Medical and sanitary report of the native army of Bengal for the year
Year: 1875
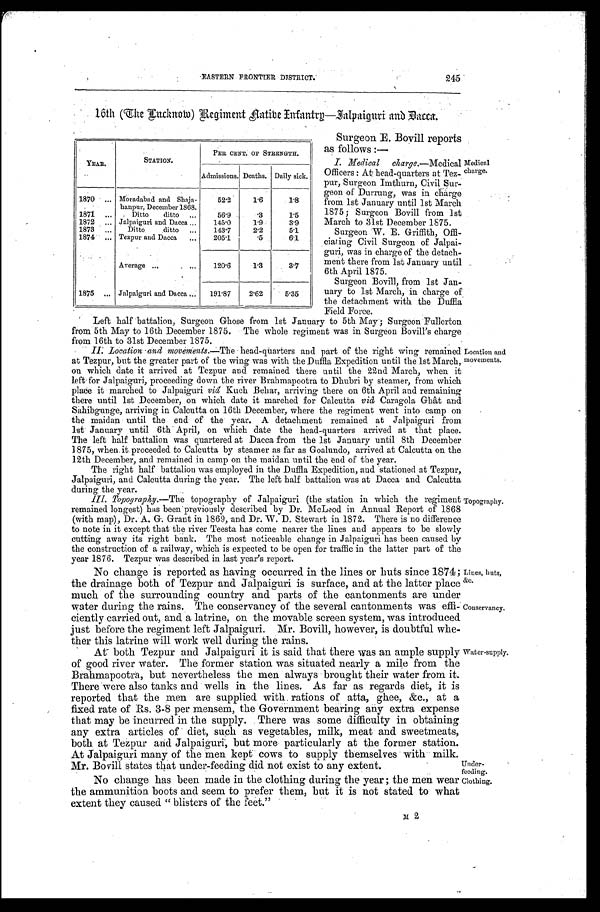
EASTERN FRONTIER DISTRICT.
245
16th (The Lucknow) Regiment native Infantry—Jalpaiguri and Dacca.
YEAR.
STATION.
PER CENT. OF STRENGTH.
Admissions. Deaths. Daily sick.
1870
Moradabad and Shaja
-hanpur, December 1868.
52.2
1.6
1.8
1871
Ditto ditto
56.9
.3
1.5
1872
Jalpaiguri and Dacca
145.0
1.9
3.9
1873
Ditto ditto
143.7
2. 2
5.1
1874
Tezpur and Dacca
205.1
.5
6.1
Average
120.6
1.3
3.7
1875
Jalpaiguri and Dacca
191.87
2.62
5.35
Surgeon E. Bovill reports
as follows:—
I. Medical charge. —Medical
Officers: At head-quarters at Tez
-pur, Surgeon Imthurn, Civil Sur
- g e o n o f D u r r u n g , w a s i n c h a r g e
from 1st January until 1st March
1875; Surgeon Bovill from 1st
March to 31st December 1875.
Surgeon W. E. Griffith, Offi
-ciating Civil Surgeon of Jalpai
-guri, was in charge of the detach
- m e n t t h e r e f r o m 1 s t J a n u a r y u n t i l
6th April 1875.
Surgeon Bovill, from 1st Jan
- u a r y t o 1 s t M a r c h , i n c h a r g e o f
the detachment with the Duffla
Field Force.
Medical
charge.
Le f t ha l f ba t t a l i on, Sur ge on Ghos e f r o m 1 s t J a n u a r y t o 5 t h Ma y ; Su r g e o n Fu l l e r t o n
from 5th May to 16th December 1875. The whole regiment was in Surgeon Bovill's charge
from 16th to 31st December 1875.
II. Location and movements.—The head-quarters and part of the right wing remained
at Tezpur, but the greater part of the wing was with the Duffla Expedition until the 1st March,
on which date it arrived at Tezpur and remained there until the 22nd March, when it
left for Jalpaiguri, proceeding down the river Brahmapootra to Dhubri by steamer, from which
place it marched to Jalpaiguri viâ Kuch Behar, arriving there on 6th April and remaining
there until 1st December, on which date it marched for Calcutta viâ Caragola Ghât and
Sahibgunge, arriving in Calcutta on 16th December, where the regiment went into camp on
the maidan until the end of the year. A detachment remained at Jalpaiguri from
lst January until 6th April, on which date the head-quarters arrived at that place.
The left half battalion was quartered at Dacca from the 1st January until 8th December
1875, when it proceeded to Calcutta by steamer as far as Goalundo, arrived at Calcutta on the
12th December, and remained in camp on the maidan until the end of the year.
The right half battalion was employed in the Duffla Expedition, and stationed at Tezpur,
Jalpaiguri, and Calcutta during the year. The left half battalion was at Dacca and Calcutta
during the year.
III. Topography. —The topography of Jalpaiguri (the station in which the regiment
remained longest) has been previously described by Dr. McLeod in Annual Report of 1868
( wi t h ma p) , Dr . A. G. Gr a nt i n 1869, a nd Dr . W. D. St e wa r t i n 1872. The r e i s no di f f e r e nc e
to note in it except that the river Teesta has come nearer the lines and appears to be slowly
cutting away its right bank. The most noticeable change in Jalpaiguri has been caused by
the construction of a railway, which is expected to be open for traffic in the latter part of the
year 1876. Tezpur was described in last years report.
No change is reported as having occurred in the lines or huts since 1874;
the drainage both of Tezpur and Jalpaiguri is surface, and at the latter place
much of the surrounding country and parts of the cantonments are under
water during the rains. The conservancy of the several cantonments was effi
- c i e n t l y c a r r i e d o u t , a n d a l a t r i n e , o n t h e m o v a b l e s c r e e n s y s t e m , w a s i n t r o d u c e d
just before the regiment left Jalpaiguri. Mr. Bovill, however, is doubtful whe
- t h e r t h i s l a t r i n e w i l l w o r k w e l l d u r i n g t h e r a i n s .
At both Tezpur and Jalpaiguri it is said that there was an ample supply
of good river water. The former station was situated nearly a mile from the
Brahmapootra, but nevertheless the men always brought their water from it.
There were also tanks and wells in the lines. As far as regards diet, it is
reported that the men are supplied with rations of atta, ghee, &c., at a
fixed rate of Rs. 3-8 per mensem, the Government bearing any extra expense
that may be incurred in the supply. There was some difficulty in obtaining
any extra articles of diet, such as vegetables, milk, meat and sweetmeats,
both at Tezpur and Jalpaiguri, but more particularly at the former station.
At Jalpaiguri many of the men kept cows to supply themselves with milk.
Mr. Bovill states that under-feeding did not exist to any extent.
No change has been made in the clothing during the year; the men wear
the ammunition boots and seem to prefer them, but it is not stated to what
extent they caused "blisters of the feet."
M 2
Location and
movements.
Topography.
Lines, huts,
&c.
Conservancy.
Water-supply.
Under
- F e e d i n g .
Clothing.